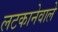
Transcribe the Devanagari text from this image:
लटकानेवाले